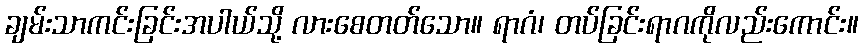
ချမ်းသာကင်းခြင်းအပါယ်သို့ လားစေတတ်သော။ ရာဂံ၊ တပ်ခြင်းရာဂကိုလည်းကောင်း။